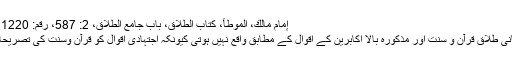
إمام مالك، الموطأ، كتاب الطلاق، باب جامع الطلاق، 2: 587، رقم: 1220، مصر: دار إحياء التراث العربي
لہٰذا میرے نزدیک مُکْرَہ کی زبانی طلاق قرآن و سنت اور مذکورہ بالا اکابرین کے اقوال کے مطابق واقع نہیں ہوتی کیونکہ اجتہادی اقوال کو قرآن وسنت کی تصریحات پر ترجیح نہیں دی جا سکتی۔